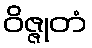
ဝိဇ္ဇုတံ